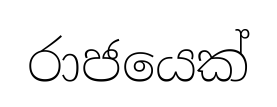
රාජයෙක්